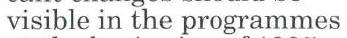
visible in the programmes